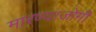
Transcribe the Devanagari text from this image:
मारण्याजोगी